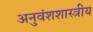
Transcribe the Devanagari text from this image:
अनुवंशशास्त्रीय